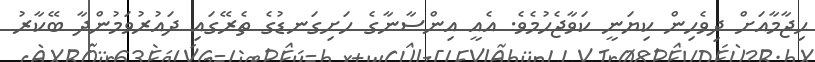
ޙިޖާމާއަށް ދިވެހިން ކިޔަނީ ކަވާޖެހުމެވެ. އެއީ އިންސާނާގެ ހަށިގަނޑުގެ ތެރޭގައި ދައުރުވަމުންދާ ބޭކާރު